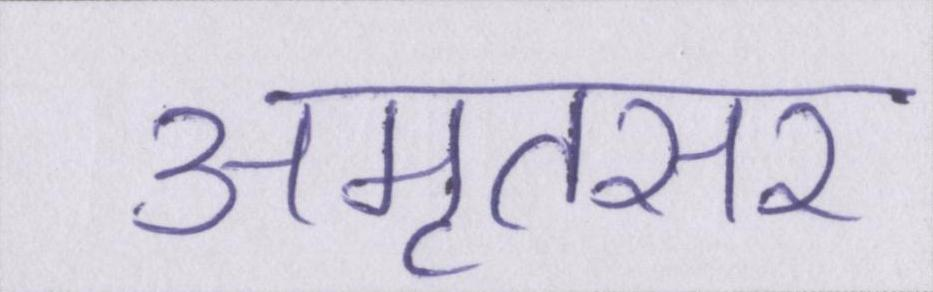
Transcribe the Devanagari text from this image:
अमृतसर